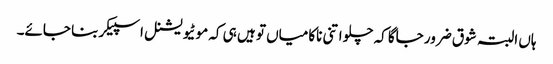
ہاں البتہ شوق ضرور جاگا کہ چلو اتنی ناکامیاں تو ہیں ہی کہ موٹیویشنل اسپیکر بنا جائے۔